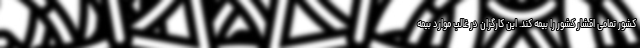
کشور تمامی اقشار کشور را بیمه کند. این کارگران در غالب موارد بیمه